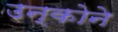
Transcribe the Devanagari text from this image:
उन्कोने